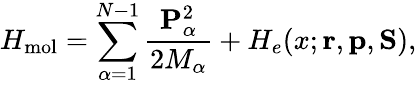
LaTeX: H_{\mathrm{mol}}=\sum_{\alpha=1}^{N-1}\frac{{\mathbf{P}}_{\alpha}^{2}}{2M_{\alpha}}+H_{e}(x;{\mathbf{r}},{\mathbf{p}},{\mathbf{S}}),